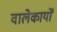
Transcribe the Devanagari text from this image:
वालेकार्यों